Physiological action of certain drugs in tablet form - Number 52A
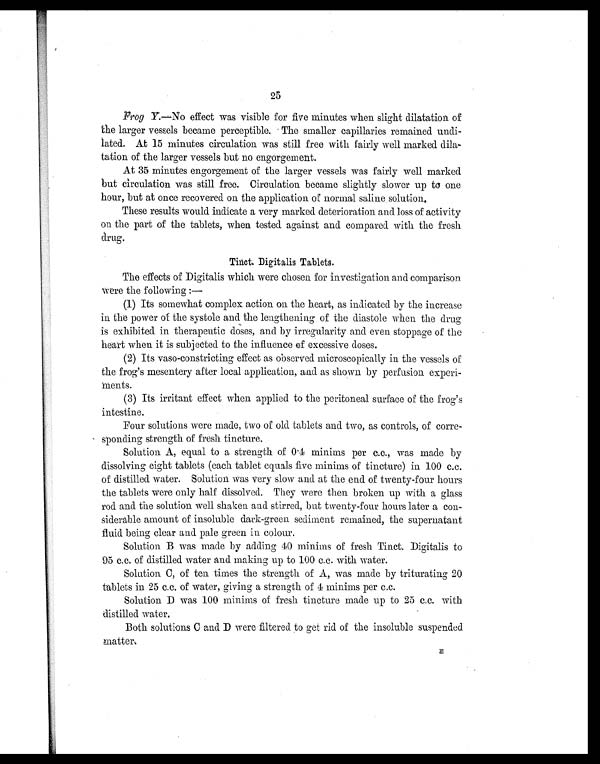
25
Frog Y .—No effect was visible for five minutes when slight dilatation of
the larger vessels became perceptible. The smaller capillaries remained undi
-luted. At 15 minutes circulation was still free with fairly well marked dila
- t a t i o n o f t h e l a r g e r v e s s e l s b u t n o e n g o r g e m e n t .
At 35 minutes engorgement of the larger vessels was fairly well marked
but circulation was still free. Circulation became slightly slower up to one
hour, but at once recovered on the application of normal saline solution.
These results would indicate a very marked deterioration and loss of activity
on the part of the tablets, when tested against and compared with the fresh
drug.
Tinct. Digitalis Tablets.
The effects of Digitalis which were chosen for investigation and comparison
were the following :—
(1) Its somewhat complex action on the heart, as indicated by the increase
in the power of the systole and the lengthening of the diastole when the drug
is exhibited in therapeutic doses, and by irregularity and even stoppage of the
heart when it is subjected to the influence of excessive doses.
(2) Its vaso-constricting effect as observed microscopically in the vessels of
the frog's mesentery after local application, and as shown by perfusion experi
-ments.
(3) Its irritant effect when applied to the peritoneal surface of the frog's
intestine.
Four solutions were made, two of old tablets and two, as controls, of cone
-sponding strength of fresh tincture.
Solution A, equal to a strength of 0.4 minims per c.c., was made by
dissolving eight tablets (each tablet equals five minims of tincture) in 100 c.c.
of distilled water. Solution was very slow and at the end of twenty-four hours
the tablets were only half dissolved. They were then broken up with a glass
rod and the solution well shaken and stirred, but twenty-four hours later a con
- s i d e r a b l e a m o u n t o f i n s o l u b l e d a r k - g r e e n s e d i m e n t r e m a i n e d , t h e s u p e r n a t a n t
fluid being clear and pale green in colour.
Solution B was made by adding 40 minims of fresh Tinct. Digitalis to
95 c.c. of distilled water and making up to 100 c.c. with water.
Solution C, of ten times the strength of A, was made by triturating 20
tablets in 25 c.c. of water, giving a strength of 4 minims per c.c.
Solution D was 100 minims of fresh tincture made up to 25 c.c. with
distilled water.
Both solutions C and D were filtered to get rid of the insoluble suspended
matter.